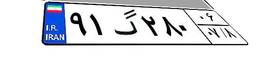
۹۱گ۲۸۰۰۶